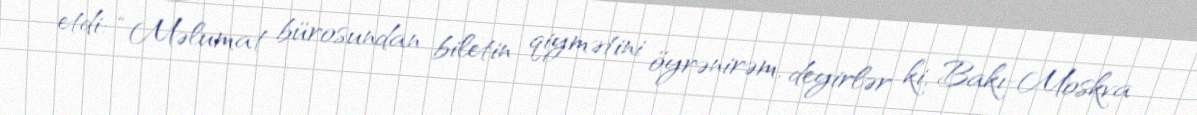
etdi: “Məlumat bürosundan biletin qiymətini öyrənirəm, deyirlər ki, Bakı-Moskva